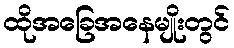
ထိုအခြေအနေမျိုးတွင်